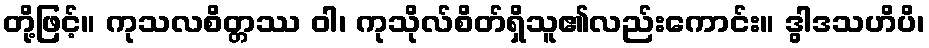
တို့ဖြင့်။ ကုသလစိတ္တဿ ဝါ၊ ကုသိုလ်စိတ်ရှိသူ၏လည်းကောင်း။ ဒွါဒသဟိပိ၊